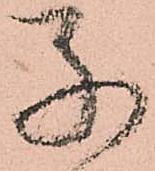
子